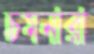
চমনারা